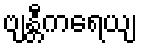
ဗျန္တီကရေယျ